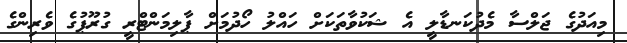
މިއަދުގެ ޖަލްސާ މެދުކަނޑާލީ އެ ޝަކުވާތަކަށް ހައްލު ހޯދުމަށް ޕާލިމަންޓްރީ ގުރޫޕުގެ ވެރިންގެ